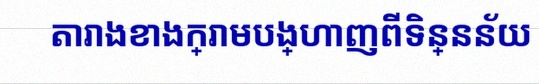
តារាងខាងក្រោមបង្ហាញពីទិន្នន័យ